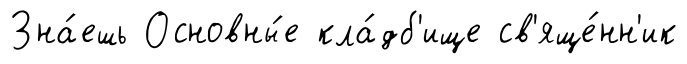
Зна́ешь Основны́е кла́дб'ище св'яще́нн'ик